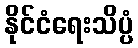
နိုင်ငံရေးသိပ္ပံ